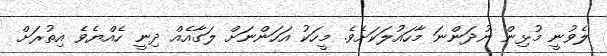
ލެވުނީ މުޅިން ނުދަންނަ މާހައުލަކަށެވެ. މީހަކު އަހަންނަށް ލަގާއެއް ދިނީ ހެއްޔެވެ އިތުރަށް